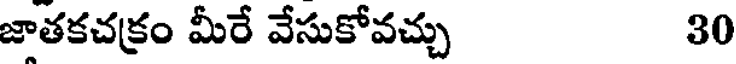
జాతకచక్రం మీరే వేసుకోవచ్చు 30